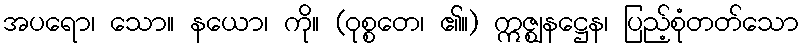
အပရော၊ သော။ နယော၊ ကို။ (ဝုစ္စတေ၊ ၏။) ဣဇ္ဈနဋ္ဌေန၊ ပြည့်စုံတတ်သော